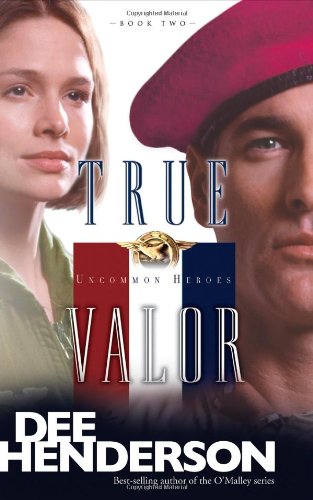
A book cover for True Valor (Uncommon Heroes, Book 2); Dee Henderson; Romance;